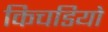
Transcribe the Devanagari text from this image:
किचडियो